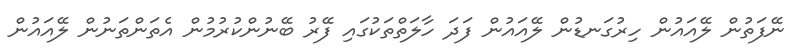
ނޭފަތުން ލޭއައުން ހިރުގަނޑުން ލޭއައުން ފަދަ ހާލަތްތަކުގައި ފޭރު ބޭނުންކުރުމުން އެތަންތަނުން ލޭއައުން